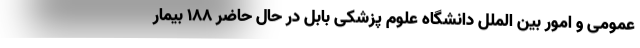
عمومی و امور بین ‌الملل دانشگاه علوم پزشکی بابل در حال حاضر ۱۸۸ بیمار